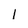
Character: 1